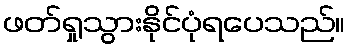
ဖတ်ရှုသွားနိုင်ပုံရပေသည်။